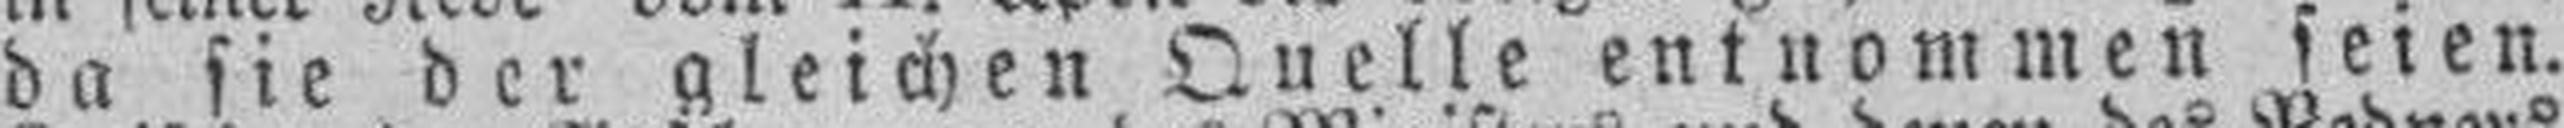
da sie der gleichen Quelle entnommen seien.